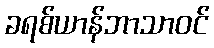
ခရစ်ယာန်ဘာသာဝင်